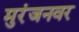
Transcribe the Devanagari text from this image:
मुरंजनवर